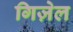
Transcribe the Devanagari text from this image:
गिज़ेल